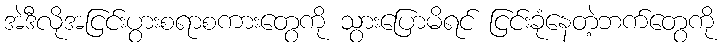
အဲဒီလိုအငြင်းပွားစရာစကားတွေကို သွားပြောမိရင် ငြင်းခုံနေတဲ့ဘက်တွေကို